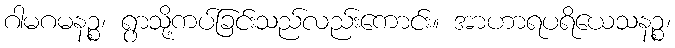
ဂါမဂမနဉ္စ၊ ရွာသို့ကပ်ခြင်းသည်လည်းကောင်း။ အာဟာရပရိယေသနဉ္စ၊